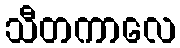
သီတကာလေ